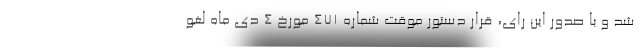
شد و با صدور این رای، قرار دستور موقت شماره 471 مورخ 4 دی ماه لغو